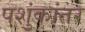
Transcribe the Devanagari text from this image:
पशुंकांतर